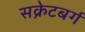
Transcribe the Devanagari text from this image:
सक्रेटबर्ग